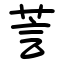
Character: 䓂